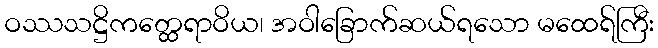
ဝဿသဋ္ဌိကတ္ထေရာဝိယ၊ အဝါခြောက်ဆယ်ရသော မထေရ်ကြီး